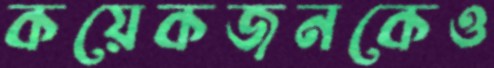
কয়েকজনকেও